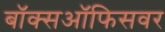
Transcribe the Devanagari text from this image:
बॉक्सऑफिसवर